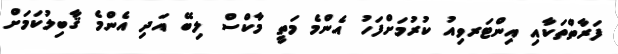
ފަރާތްތަކާއި އިންޓަރވިއު ކުރުމަށްފަހު އެންމެ މަތީ މާކްސް ލިބޭ އަދި އެންމެ ޤާބިލުކަމަށް